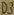
Text: D3